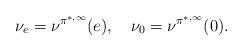
LaTeX: \begin{align*}\nu_e=\nu^{{\pi^{*,\infty}}}(e),~~~\nu_0=\nu^{{\pi^{*,\infty}}}(0).\end{align*}